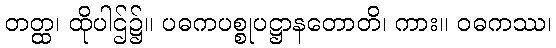
တတ္ထ၊ ထိုပါဌ်၌။ ပဓကပစ္စုပဋ္ဌာနတောတိ၊ ကား။ ဝဓကဿ၊